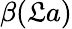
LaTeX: \beta(\mathfrak{L}a)